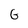
Character: G